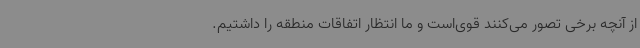
از آنچه برخی تصور می‌کنند قوی‌است و ما انتظار اتفاقات منطقه را داشتیم.